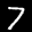
Label: 7